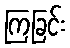
ကြခြင်း